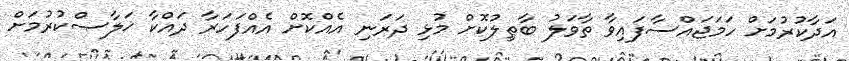
އަދާކުރުމަށް ހަމަޖައްސާފައިވާ ތާވަލު ބާޠިލުކޮށް މުޅި ދަރަނި އެއްކޮށް އެއްފަހަރާ ދައްކާ ޚަލާޞްކުރުމަށް